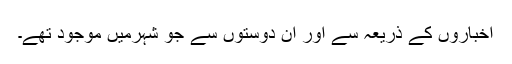
اخباروں کے ذریعہ سے اور ان دوستوں سے جو شہرمیں موجود تھے۔